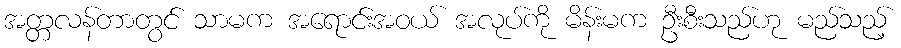
အတ္တလန်တာတွင် သာမက အရောင်းအဝယ် အလုပ်ကို မိန်းမက ဦးစီးသည်ဟု မည်သည့်